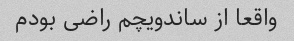
واقعا از ساندویچم راضی بودم